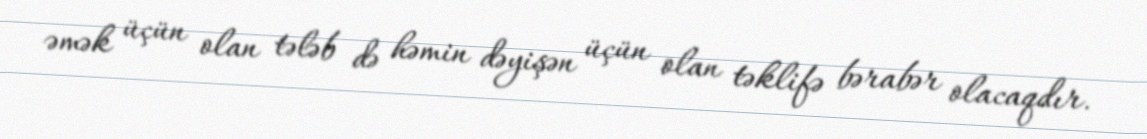
əmək üçün olan tələb də həmin dəyişən üçün olan təklifə bərabər olacaqdır.